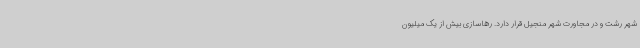
شهر رشت و در مجاورت شهر منجیل قرار دارد. رهاسازی بیش از یک میلیون